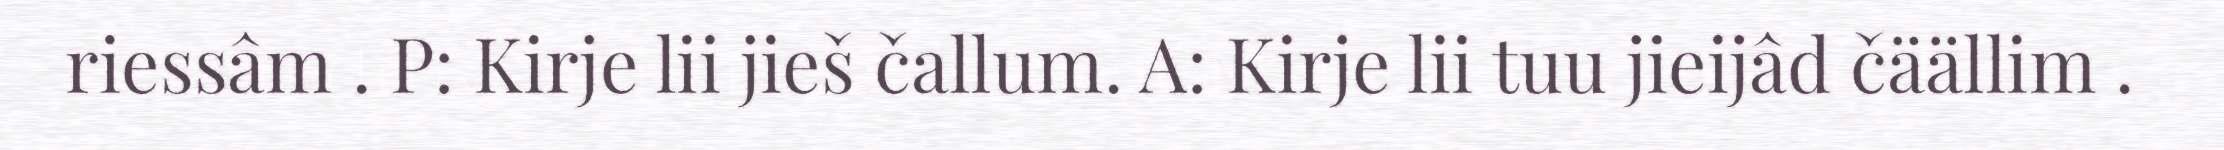
riessâm . P: Kirje lii jieš čallum. A: Kirje lii tuu jieijâd čäällim .